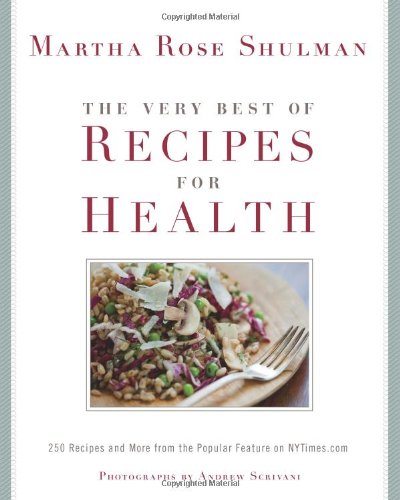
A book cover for The Very Best Of Recipes for Health: 250 Recipes and More from the Popular Feature on NYTimes.com; Martha Rose Shulman; Cookbooks, Food & Wine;